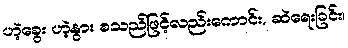
ဟဲ့ခွေး ဟဲ့နွား စသည်ဖြင့်လည်းကောင်း, ဆဲရေးခြင်း၊